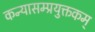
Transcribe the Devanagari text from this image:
कन्यासम्प्रयुक्तकम्